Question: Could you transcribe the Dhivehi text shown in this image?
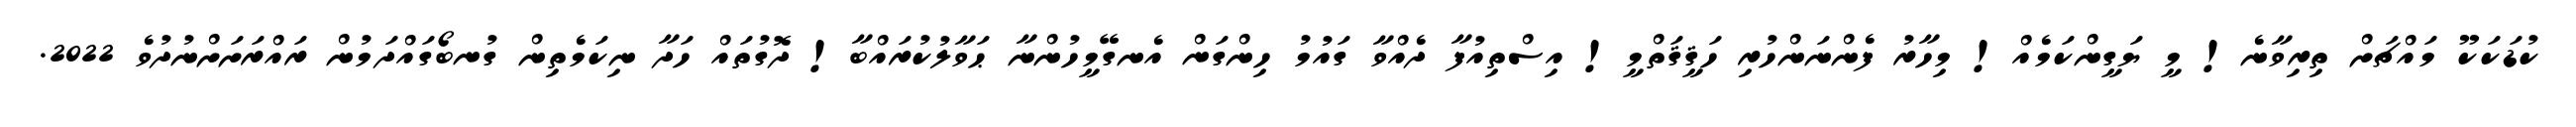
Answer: ކުޑަކަކޫ މައްޗަށް ތިރިވާނެ! މީ ޔަގީންކަމެއް! މިހާރު ފެންނަންހުރި ހަޤީޤަތްމީ! އިސްތިއުފާ ދެއްވާ ގައުމު ހިންގަން އެނގޭމީހުންނާ ޙަވާލުކުރައްބާ! ދޮގުތައް ހަދާ ނިކަމެތިން ގުނބޯގައްދަމުން ރައްރަށަށްނުދުވެ 2022.